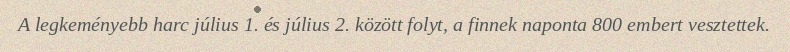
A legkeményebb harc július 1. és július 2. között folyt, a finnek naponta 800 embert vesztettek.